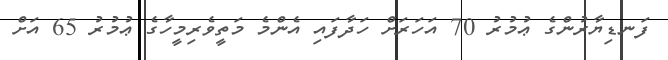
ފަނޑިޔާރުންގެ ޢުމުރު 70 އަހަރަށް ހަދާފައި އެންމެ މަތީވެރިމީހާގެ ޢުމުރު 65 އަށް